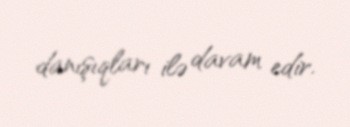
danışıqları ilə davam edir.